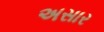
અસાર